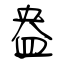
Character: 盎